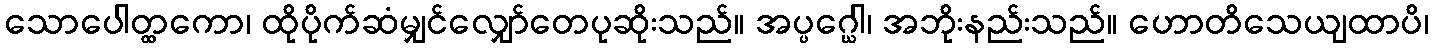
သောပေါတ္ထကော၊ ထိုပိုက်ဆံမျှင်လျှော်တေပုဆိုးသည်။ အပ္ပဂ္ဃေါ၊ အဘိုးနည်းသည်။ ဟောတိသေယျထာပိ၊